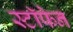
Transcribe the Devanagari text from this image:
स्टॉफेन